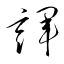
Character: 諢